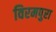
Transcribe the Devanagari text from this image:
विरमपुरा